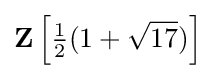
\mathbf {Z} \left[{\tfrac {1}{2}}(1+{\sqrt {17}})\right]